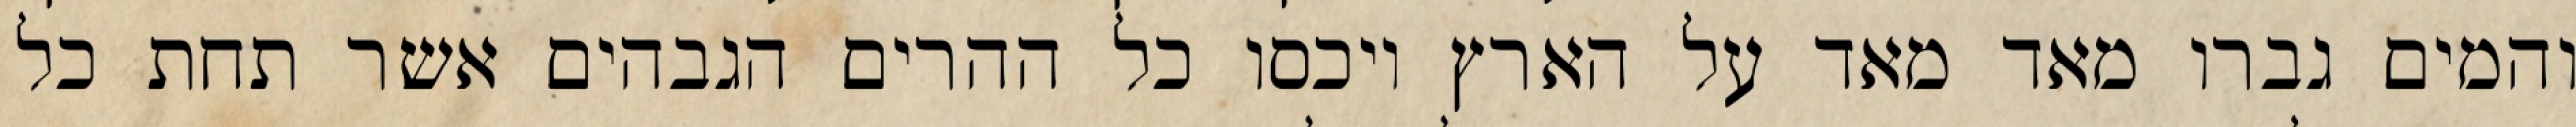
והמים גברו מאד מאד על הארץ ויכסו כל ההרים הגבהים אשר תחת כל